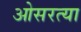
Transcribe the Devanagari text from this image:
ओसरत्या